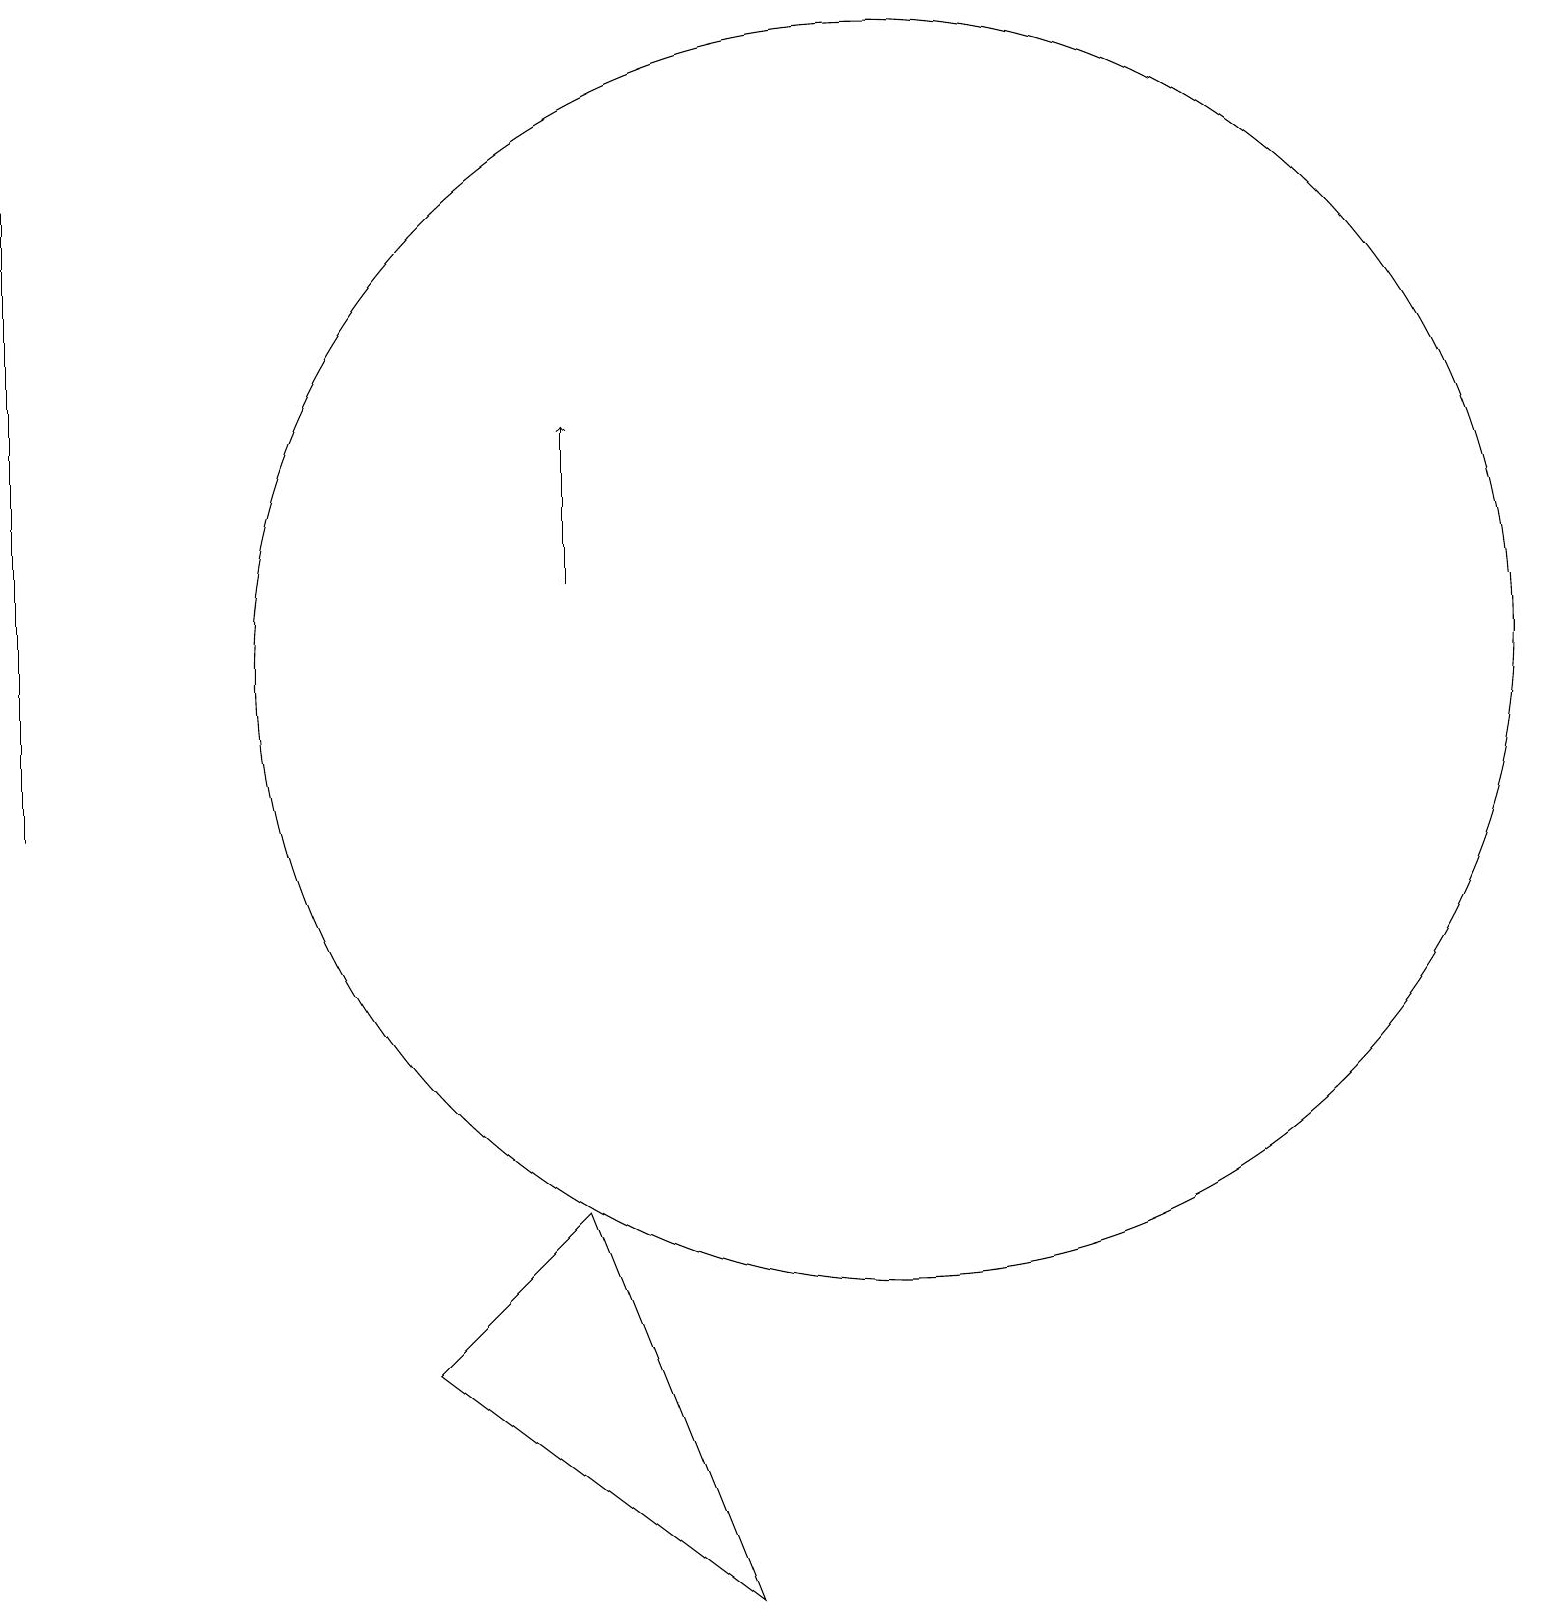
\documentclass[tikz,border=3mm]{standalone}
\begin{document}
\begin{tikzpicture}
\draw (0,18) rectangle (0,10);
\draw (11,12) circle (8);
\draw[->] (7,13) -- (7,15);
\draw (9,0) -- (7,5) -- (5,3) -- cycle;
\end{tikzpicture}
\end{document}